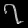
Digit: ၇